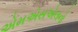
એમએસએલનો